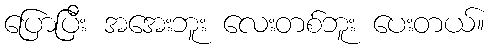
ပြောပြီး အအေးဘူး လေးတစ်ဘူး ပေးတယ်။